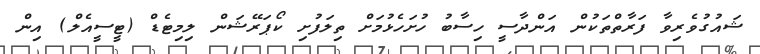
ޝައުގުވެރިވާ ފަރާތްތަކުން އަންދާސީ ހިސާބު ހުށަހެޅުމަށް ތިލަފުށި ކޯޕަރޭޝަން ލިމިޓެޑް (ޓީސީއެލް) އިން